system: You are a helpful assistant.
user:
Analyze the provided spectrum to determine if it is a **S-type Star**.

- **Key Indicators for S-type Star:**

    - **(Overall Spectrum Shape):** The first and most obvious characteristic is the overall continuum (the "baseline" shape). It is **extremely "red-sloping,"** meaning the flux (light intensity) is very low on the left side (blue, ~4000-4500 Å) and rises steeply and continuously toward the right side (red, ~7000 Å+).

    - **(Primary):** The spectrum is defined by the presence of strong, broad molecular absorption "valleys" (bands) from **Zirconium Oxide (ZrO)**. The identification of these bands is the **primary requirement** for classifying a star as S-type.
        - **(Key Bandheads):** You must find distinct, deep "dips" where the light has been absorbed. The most critical band systems to locate are:
            - **~6474 Å** ($\gamma$-system): This is often the strongest and clearest ZrO feature, found in the red part of the spectrum.
            - **~5718 Å** & **~5551 Å** ($\beta$-system): A pair of prominent absorption features in the yellow-orange part of the spectrum.
            - **~4640 Å** ($\alpha$-system): A key absorption band system in the blue-green region of the spectrum.

    - **(Secondary Confirmation):** The classification is strengthened by finding additional absorption bands from other related heavy element oxides, which are expected to be present alongside ZrO.
        - **(Key Bandheads):**
            - **Yttrium Oxide (YO):** Look for absorption dips near **~4800 Å** and **~6100 Å**.
            - **Lanthanum Oxide (LaO):** Additional absorption features, particularly in the red-orange part of the spectrum, are also characteristic.

    - **(Line Profile):** The combination of the steep red continuum and these numerous, deep molecular bands (ZrO, YO, etc.) gives the entire spectrum a very **"chopped-up"** or **"bumpy"** appearance. Instead of a smooth curve, the spectrum looks as though large, wide chunks of light have been "carved out" of it at the specific wavelengths listed above.

Think first, call **spectral_visualization_tool** if needed to examine features in detail, then provide your final answer. Your response must adhere to the following strict rules:
1.  **Overall Structure:** Your response must follow the format `<think>...</think> <tool_call>...</tool_call> (if a tool is used) <answer>...</answer>`.
2.  **Tool Usage Constraint:** You may only make **one** tool call per turn.
3.  **Final Answer Format:** In the `<answer>` tag, your conclusion must be inside a `\boxed{}` command (e.g., `\boxed{YES}` or `\boxed{NO}`), followed by your justification.

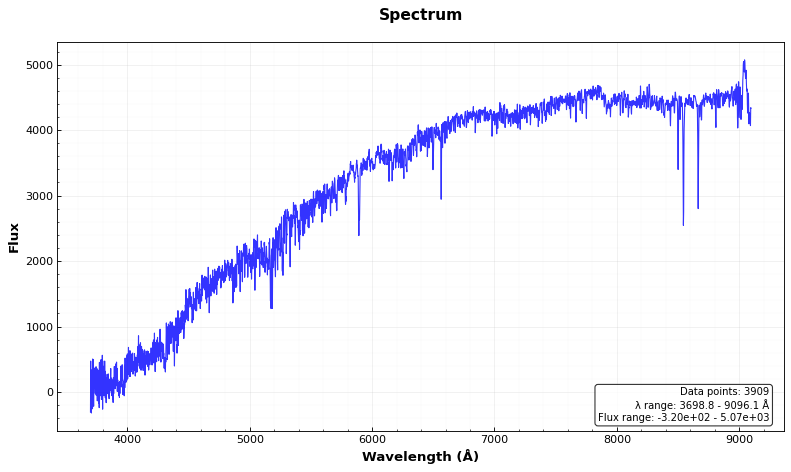
Answer: NO